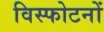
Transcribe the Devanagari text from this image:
विस्फोटनों